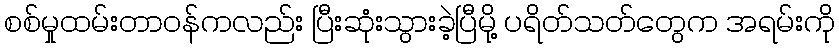
စစ်မှုထမ်းတာဝန်ကလည်း ပြီးဆုံးသွားခဲ့ပြီမို့ ပရိတ်သတ်တွေက အရမ်းကို